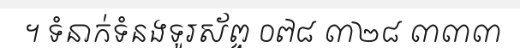
។ ទំនាក់ទំនងទូរស័ព្ទ ០៧៨ ៣២៨ ៣៣៣